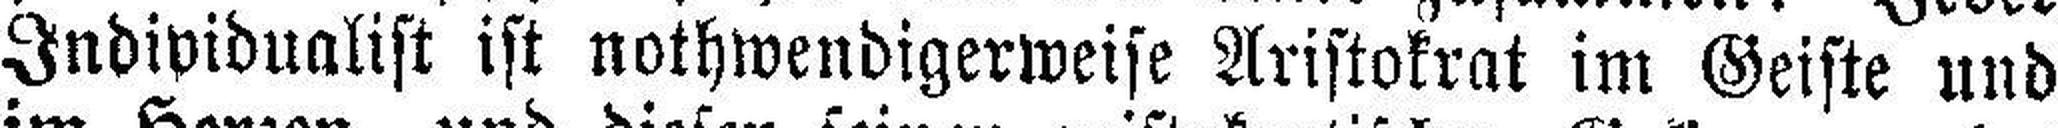
Individualist ist nothwendigerweise Aristokrat im Geiste und